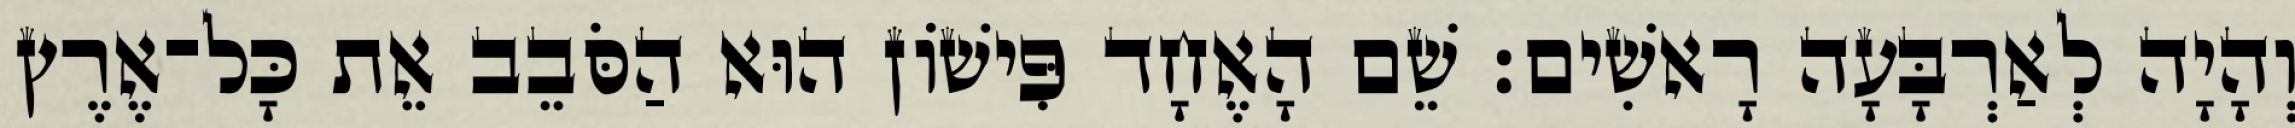
וְהָיָה לְאַרְבָּעָה רָאשִׁים׃ שֵׁם הָאֶחָד פִּישֹׁון הוּא הַסֹּבֵב אֵת כָּל־אֶרֶץ